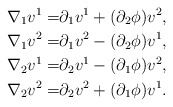
\begin{align*} \nabla_1 v^1 = & \partial_1 v^1 + (\partial_2 \phi) v^2, \\\nabla_1 v^2 = & \partial_1 v^2 - (\partial_2 \phi) v^1, \\\nabla_2 v^1 = & \partial_2 v^1 - (\partial_1 \phi) v^2, \\\nabla_2 v^2 = & \partial_2 v^2 + (\partial_1 \phi) v^1. \end{align*}